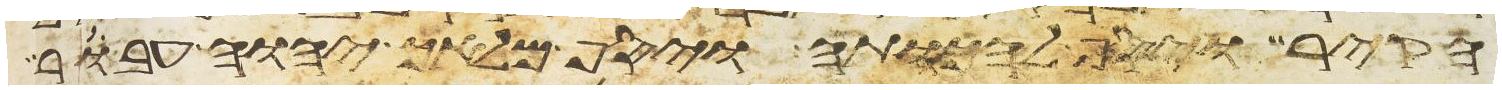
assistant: הקיר ויסף להכותה ויסף מלאך יהוה עבר